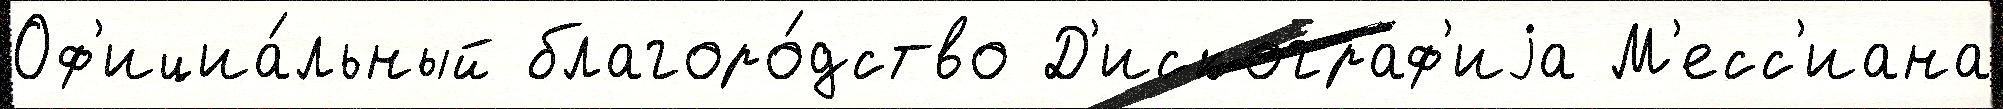
Оф'ициа́льный благоро́дство Д'искограф'иjа М'есс'иана